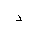
Letter: _dal